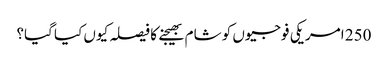
250 امریکی فوجیوں کو شام بھیجنے کا فیصلہ کیوں کیا گیا؟